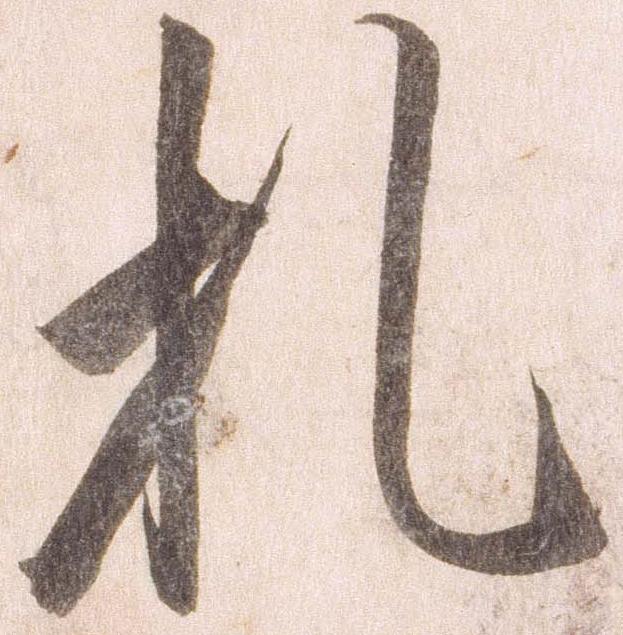
札